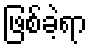
ဖြစ်ခဲ့ရာ